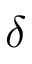
\delta